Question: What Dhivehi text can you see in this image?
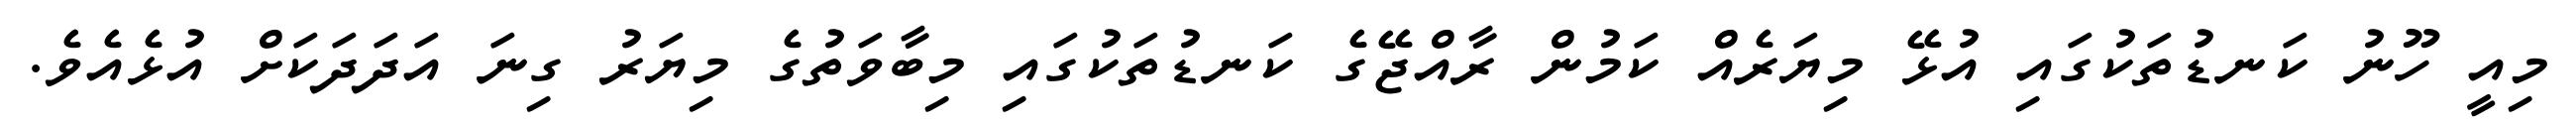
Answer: މިއީ ހޫނު ކަނޑުތަކުގައި އުޅޭ މިޔަރެއް ކަމުން ރާއްޖޭގެ ކަނޑުތަކުގައި މިބާވަތުގެ މިޔަރު ގިނަ އަދަދަކަށް އުޅެއެވެ.